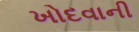
ખોદવાની